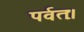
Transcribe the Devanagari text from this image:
पर्वतः।